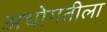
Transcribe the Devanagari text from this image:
अधोगतीला